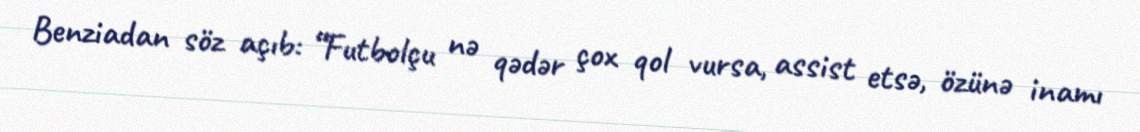
Benziadan söz açıb: “Futbolçu nə qədər çox qol vursa, assist etsə, özünə inamı